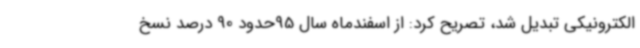
الکترونیکی تبدیل شد، تصریح کرد: از اسفندماه سال 95حدود 90 درصد نسخ